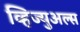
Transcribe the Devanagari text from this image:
व्हिज्युअल्स